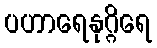
ပဟာရေနုဂ္ဂိရေ